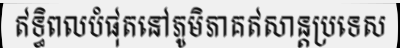
ឥទ្ធិពលបំផុតនៅភូមិភាគឥសាន្តប្រទេស